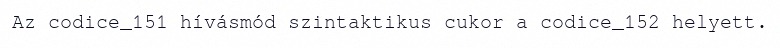
Az codice_151 hívásmód szintaktikus cukor a codice_152 helyett.